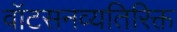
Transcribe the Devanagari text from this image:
वॉटसनव्यतिरिक्त